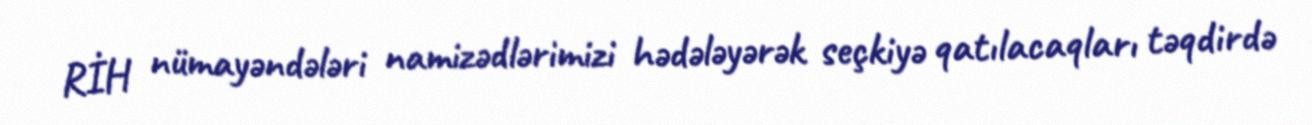
RİH nümayəndələri namizədlərimizi hədələyərək seçkiyə qatılacaqları təqdirdə